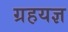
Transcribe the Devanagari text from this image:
ग्रहयज्ञ